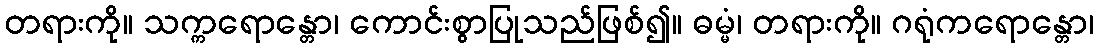
တရားကို။ သက္ကရောန္တော၊ ကောင်းစွာပြုသည်ဖြစ်၍။ ဓမ္မံ၊ တရားကို။ ဂရုံကရောန္တော၊